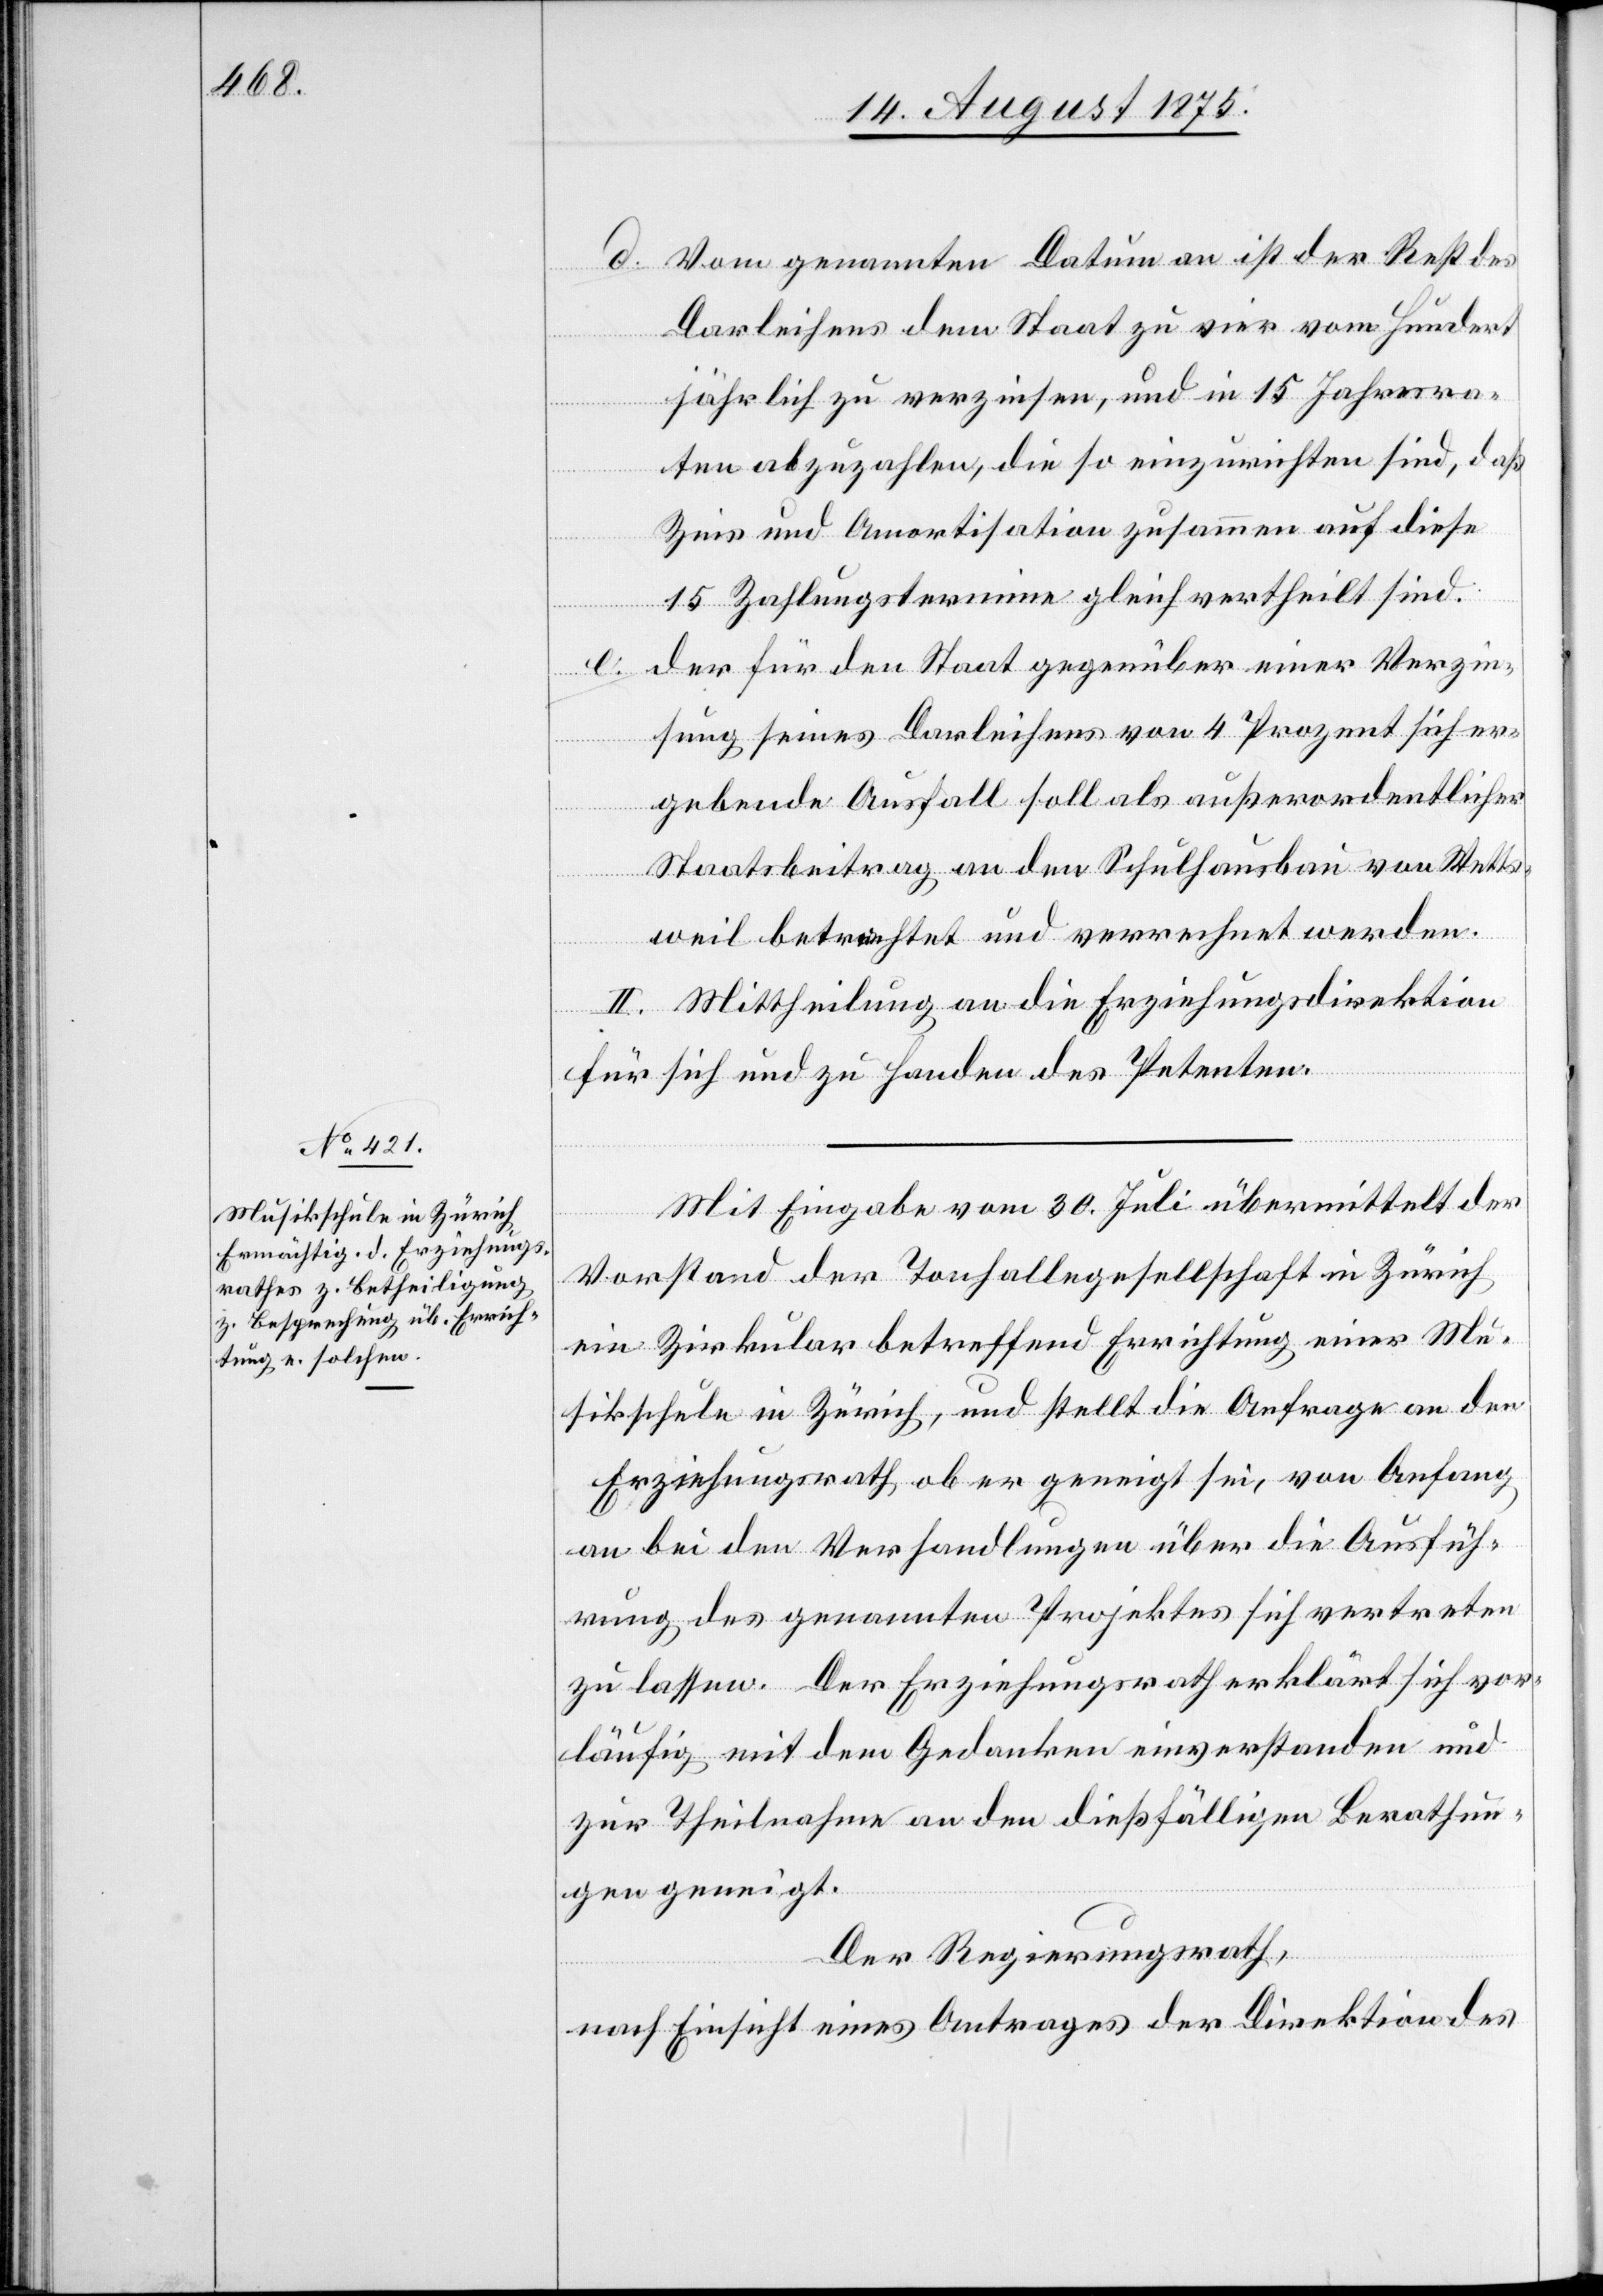
c!] genannten Datum an ist der Rest de¬
s
Darleihens dem Staat zu vier vom hundert
e.
jährlich zu verzinsen, und in 15 Jahresra¬
ten abzuzahlen, die so einzurichten sind, daß
Zins und Amortisation zusammen auf diese
15 Zahlungstermine gleich vertheilt sind.
der für den Staat gegenüber einer Verzin¬
sung seines Darleihens von 4 Prozent sich er¬
gebende Ausfall soll als außerordentlicher
Staatsbeitrag an den Schulhausbau von Wetts¬
weil betrachtet und verrechnet werde.
II. Mittheilung an die Erziehungsdirektion
Vom [si¬
für sich und zu Handen des Petenten.
Mit Eingabe vom 30. Juli übermittelt der
Vorstand der Tonhallegesellschaft in Zürich
ein Zirkular betreffend Errichtung einer Mu¬
sikschule in Zürich, und stellt die Anfrage an den
Erziehungsrath, ob er geneigt sei, von Anfang
an bei den Verhandlungen über die Ausfüh¬
rung des genannten Projektes sich vertreten
zu lassen. Der Erziehungsrath erklärt sich vor¬
läufig mit dem Gedanken einverstanden und
zur Theilnahme an den dießfälligen Berathun¬
gen geneigt.
Der Regierungsrath,
nach Einsicht eines Antrages der Direktion des